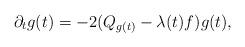
LaTeX: \begin{align*}\partial_t g(t)=-2(Q_{g(t)}-\lambda (t) f)g(t),\end{align*}